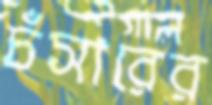
চঁসারের